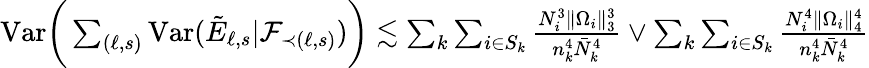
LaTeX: \begin{array}{r}{\mathrm{Var}\bigg(\sum_{(\ell,s)}\mathrm{Var}(\tilde{E}_{\ell,s}|\mathcal{F}_{\prec(\ell,s)})\bigg)\lesssim\sum_{k}\sum_{i\in S_{k}}\frac{N_{i}^{3}\| \Omega_{i}\| _{3}^{3}}{n_{k}^{4}\bar{N}_{k}^{4}}\vee\sum_{k}\sum_{i\in S_{k}}\frac{N_{i}^{4}\| \Omega_{i}\| _{4}^{4}}{n_{k}^{4}\bar{N}_{k}^{4}}}\end{array}